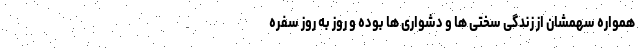
همواره سهمشان از زندگی سختی ها و دشواری ها بوده و روز به روز سفره